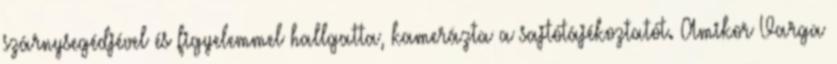
szárnysegédjével és figyelemmel hallgatta, kamerázta a sajtótájékoztatót. Amikor Varga